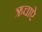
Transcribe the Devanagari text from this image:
ऋचाऐ